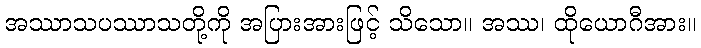
အဿာသပဿာသတို့ကို အပြားအားဖြင့် သိသော။ အဿ၊ ထိုယောဂီအား။